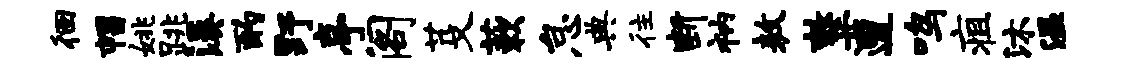
徊帽姚跳溪酌野亭阁芟蔌怠典往断衲敖整遭鸣疽沐温